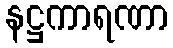
နဋ္ဌကာရဏာ